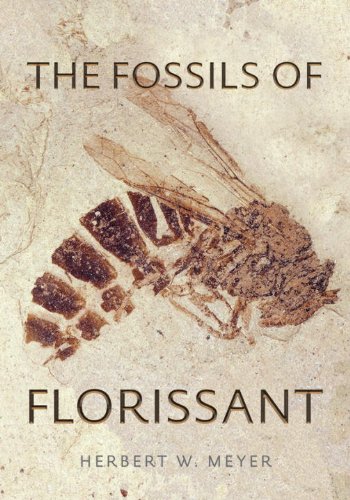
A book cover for Fossils of Florissant; Herbert W. Meyer; Science & Math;